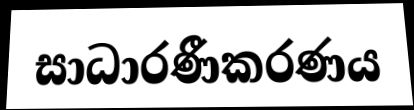
සාධාරණීකරණය